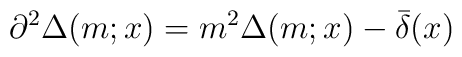
\partial^2 \Delta(m;x) = m^2\Delta(m;x) - \bar\delta(x)